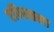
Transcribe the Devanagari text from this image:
एपिरसला